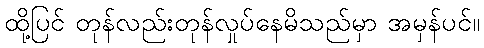
ထို့ပြင် တုန်လည်းတုန်လှုပ်နေမိသည်မှာ အမှန်ပင်။